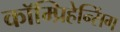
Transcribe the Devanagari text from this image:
कॉम्प्रिहेन्सिंग